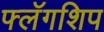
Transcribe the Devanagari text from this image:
फ्लॅगशिप